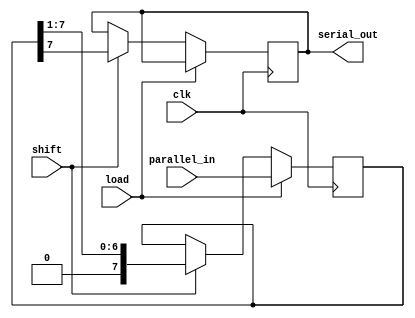
module PISO_Register (
    input wire clk,                // Clock signal
    input wire load,               // Load control signal
    input wire shift,              // Shift control signal
    input wire [N-1:0] parallel_in, // Parallel input bus
    output reg serial_out          // Serial output
);
    parameter N = 8;               // Width of the data input (number of flip-flops)
    
    reg [N-1:0] shift_reg;         // Shift register to hold the data

    always @(posedge clk) begin
        if (load) begin
            // Load data into the shift register
            shift_reg <= parallel_in;
        end else if (shift) begin
            // Shift data out serially
            serial_out <= shift_reg[N-1]; // Output the MSB
            shift_reg <= {1'b0, shift_reg[N-1:1]}; // Shift right
        end
    end
endmodule